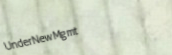
UnderNewMgmt